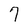
Character: 7